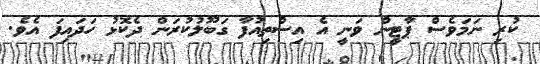
ކުރި ނަމަވެސް ޕާޓީން ވަނީ އެ އިސްތިއުފާ ގަބޫލުކުރަން ދެކޮޅު ހަދައިފަ އެވެ.